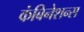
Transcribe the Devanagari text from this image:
कंबिनेशन्स